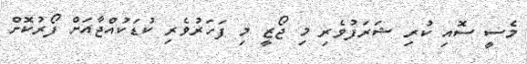
މެސީ ސޮއި ކުރި ޝަރަފުވެރި މި ޖޯޒީ މި ފަހަރުވެރި ކުޑަކުއްޖާއަށް ފޯރުކޮށް